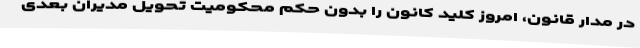
در مدار قانون، امروز کلید کانون را بدون حکم محکومیت تحویل مدیران بعدی